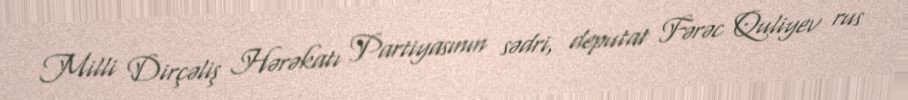
Milli Dirçəliş Hərəkatı Partiyasının sədri, deputat Fərəc Quliyev rus